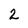
Character: 2